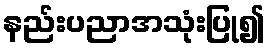
နည်းပညာအသုံးပြု၍